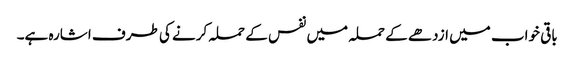
باقی خواب میں ازدھے کے حملہ میں نفس کے حملہ کرنے کی طرف اشارہ ہے۔